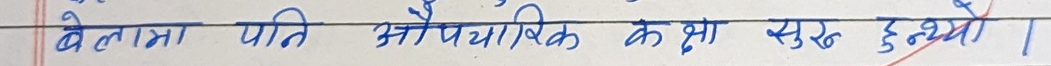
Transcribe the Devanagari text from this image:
बेलामा पनि औपचारिक कक्षा सुरु हुन्थ्यो।